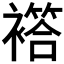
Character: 𧝡